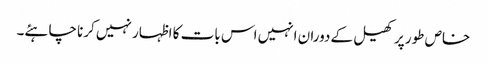
خاص طور پر کھیل کے دوران انہیں اس بات کا اظہار نہیں کرنا چاہئے۔